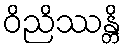
ဝိညိဿန္တိ